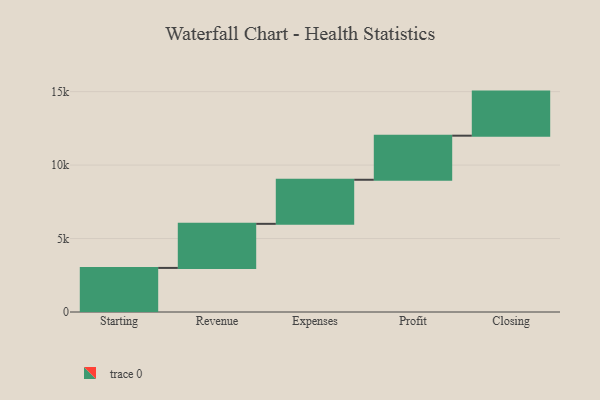
{"axis": {"x": "Step", "y": "Value"}, "legend": [""], "data": [{"x": "Starting", "y": 3000, "type": ""}, {"x": "Revenue", "y": 3000, "type": ""}, {"x": "Expenses", "y": 3000, "type": ""}, {"x": "Profit", "y": 3000, "type": ""}, {"x": "Closing", "y": 3000, "type": ""}]}